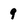
Character: 9